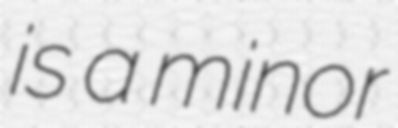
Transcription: is a minor